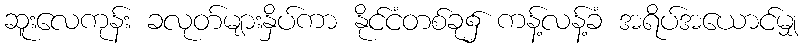
ဆူးလေကုန်း ခလုတ်များနှိပ်ကာ နိုင်ငံတစ်ခု၌ ကန့်လန့်ခံ အရိပ်အယောင်မျှ